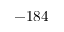
- 1 8 4